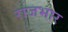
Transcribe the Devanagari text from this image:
राजभार